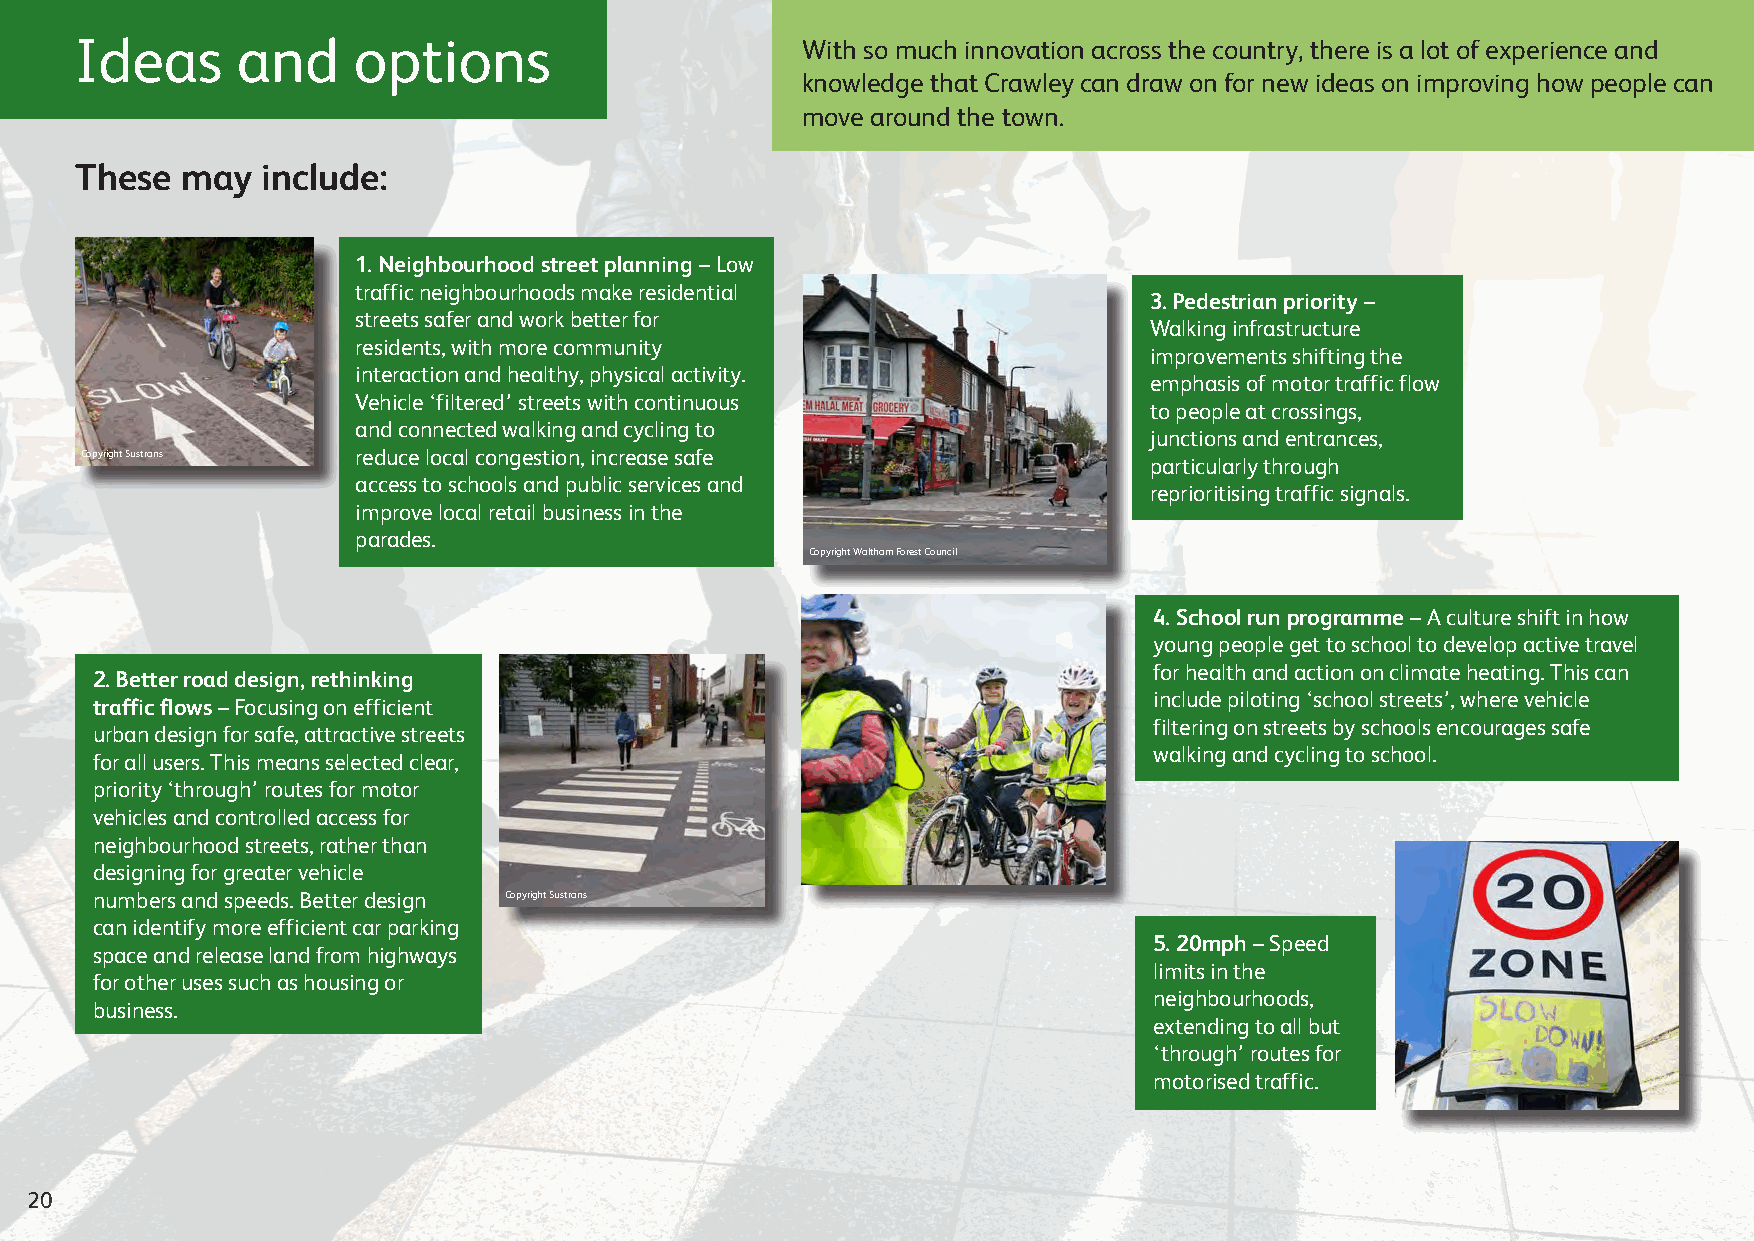
Ideas      and    options                       With so much innovation across the country, there is a lot of experience and
 knowledge that Crawley can draw on for new ideas on improving how people can
 move around the town.
 These  may  include:
 1. Neighbourhood street planning – Low
 traffic neighbourhoods make residential
 3. Pedestrian priority –
 streets safer and work better for
 Walking infrastructure
 residents, with more community
 improvements shifting the
 interaction and healthy, physical activity.
 emphasis of motor traffic flow
 Vehicle ‘filtered’ streets with continuous
 to people at crossings,
 and connected walking and cycling to
 junctions and entrances,
 Copyright Sustrans reduce local congestion, increase safe
 particularly through
 access to schools and public services and
 reprioritising traffic signals.
 improve local retail business in the
 parades.
 Copyright Waltham Forest Council
 4. School run programme – A culture shift in how
 young people get to school to develop active travel
 for health and action on climate heating. This can
 2. Better road design, rethinking
 include piloting ‘school streets’, where vehicle
 traffic flows – Focusing on efficient
 filtering on streets by schools encourages safe
 urban design for safe, attractive streets
 walking and cycling to school.
 for all users. This means selected clear,
 priority ‘through’ routes for motor
 vehicles and controlled access for
 neighbourhood streets, rather than
 designing for greater vehicle
 numbers and speeds. Better design Copyright Sustrans
 can identify more efficient car parking
 5. 20mph – Speed
 space and release land from highways
 limits in the
 for other uses such as housing or
 neighbourhoods,
 business.
 extending to all but
 ‘through’ routes for
 motorised traffic.
 20